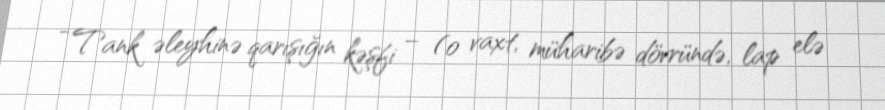
- Tank əleyhinə qarışığın kəşfi – (o vaxt, müharibə dövründə, lap elə